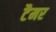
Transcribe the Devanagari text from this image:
टैमर